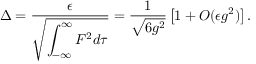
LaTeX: \Delta = \frac { \epsilon } { \sqrt { \displaystyle \int _ { - \infty } ^ { \infty } F ^ { 2 } d \tau } } = \frac { 1 } { \sqrt { 6 g ^ { 2 } } } \left[ 1 + O ( \epsilon g ^ { 2 } ) \right] .